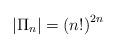
LaTeX: \begin{align*}\left| \Pi_n \right| =\left( n! \right)^{2n}\end{align*}